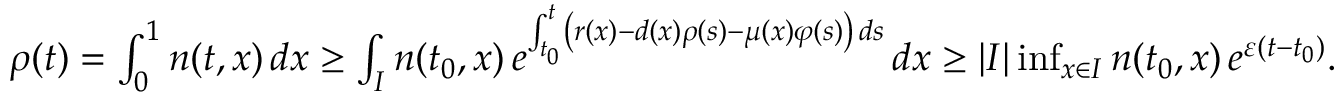
\begin{array} { r } { \rho ( t ) = \int _ { 0 } ^ { 1 } n ( t , x ) \, d x \geq \int _ { I } n ( t _ { 0 } , x ) \, e ^ { \int _ { t _ { 0 } } ^ { t } \left( r ( x ) - d ( x ) \rho ( s ) - \mu ( x ) \varphi ( s ) \right) \, d s } \, d x \geq | I | \operatorname* { i n f } _ { x \in I } n ( t _ { 0 } , x ) \, e ^ { \varepsilon ( t - t _ { 0 } ) } . } \end{array}